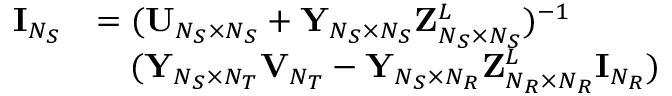
\begin{array} { r l } { { \bf { I } } _ { N _ { S } } } & { = ( { \bf { U } } _ { N _ { S } \times N _ { S } } + { \bf { Y } } _ { N _ { S } \times N _ { S } } { \bf { Z } } _ { N _ { S } \times N _ { S } } ^ { L } ) ^ { - 1 } } \\ & { \quad ( { \bf { Y } } _ { N _ { S } \times N _ { T } } { \bf { V } } _ { N _ { T } } - { \bf { Y } } _ { N _ { S } \times N _ { R } } { \bf { Z } } _ { N _ { R } \times N _ { R } } ^ { L } { \bf { I } } _ { N _ { R } } ) } \end{array}